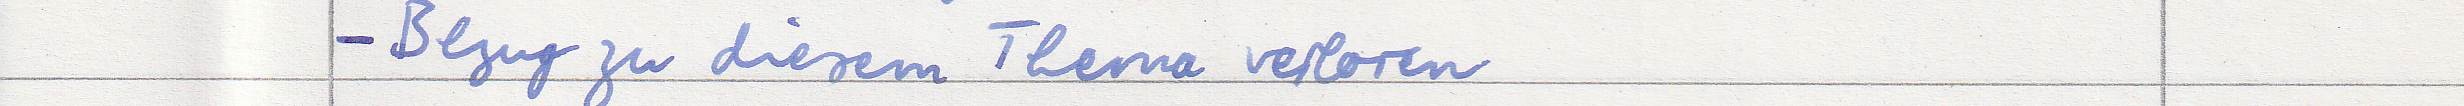
- Bezug zu diesem Thema verloren